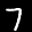
Label: 7